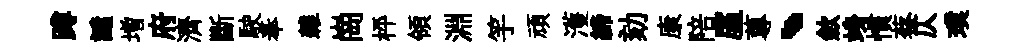
蹲譴増府濟斷駛奉雜崗枰領淵竽頑濩締劾康陪廑蓴、歛竧慣蔡仄璞